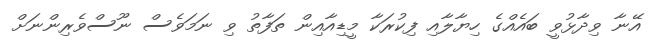
އޭނާ ވިދާޅުވީ ބައެއްގެ ހިޔާލާއި ފިކުރަކާ މީޑިއާއިން ތަފާތު ވި ނަމަވެސް ނޫސްވެރިންނަށް